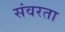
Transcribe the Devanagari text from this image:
संवरता